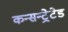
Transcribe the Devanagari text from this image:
कन्सन्ट्रेटेड